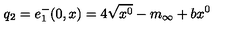
q _ { 2 } = e _ { 1 } ^ { - } ( 0 , x ) = 4 \sqrt { x ^ { 0 } } - m _ { \infty } + b x ^ { 0 }